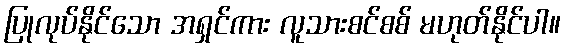
ပြုလုပ်နိုင်သော အရှင်ကား လူသားစင်စစ် မဟုတ်နိုင်ပါ။